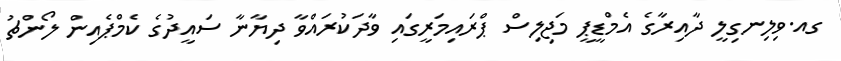
ގއ.ވިލިނގިލީ ދާއިރާގެ އެމްޑީޕީ މަޖިލިސް ޕްރައިމަރީގައި ވާދަކުރައްވާ ދިޔާނާ ސައީދުގެ ކެމްޕެއިން ލޯންޗު